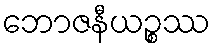
ဘောဇနီယဉ္စဿ